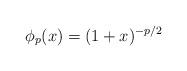
LaTeX: \begin{align*}\phi_p(x)=(1+x)^{-p/2}\end{align*}